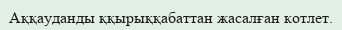
Аққауданды ққырыққабаттан жасалған котлет.